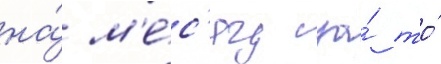
на́ м'е́с'яц за́ то́